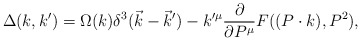
\begin{align*}\Delta (k,k^{\prime })=\Omega (k)\delta ^3(\vec k-\vec k^{\prime})-k^{\prime \mu }\frac \partial {\partial P^\mu }F((P\cdot k),P^2),\end{align*}